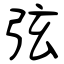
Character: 弦